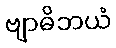
ဗျာဓိဘယံ